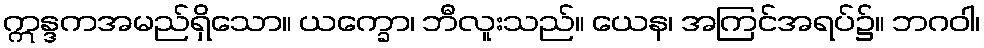
ဣန္ဒကအမည်ရှိသော။ ယက္ခော၊ ဘီလူးသည်။ ယေန၊ အကြင်အရပ်၌။ ဘဂဝါ၊